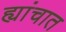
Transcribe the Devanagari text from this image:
ह्यांचात